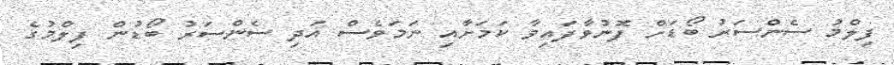
ފިލްމު ސެންސަރު ބޯޑަށް ފޮނުވާފައިވާ ކަމަށާއި ނަމަވެސް އަދި ސެންސަރު ބޯޑުން ފިލްމުގެ